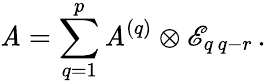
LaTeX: \mathit{A}=\sum_{q=1}^{p}\mathit{A}^{(q)}\otimes\mathscr{E}_{q\, q-r}\, .